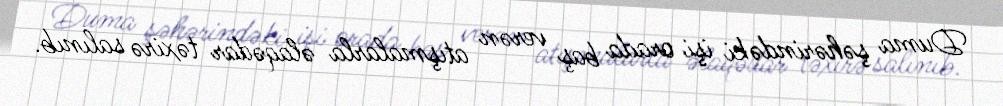
Duma şəhərindəki işi orada baş verən atışmalarla əlaqədar təxirə salınıb.